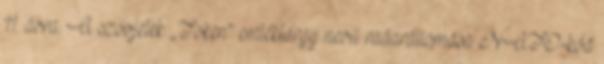
11. ábra. A szovjetek „Token” emléktárgy nevű radarállomása NATO-kód